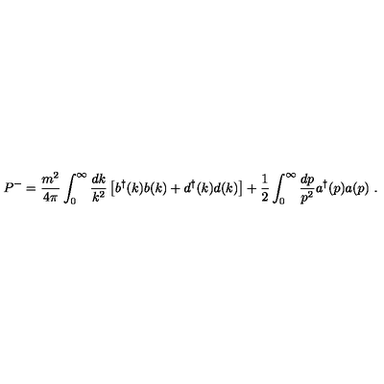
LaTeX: P ^ { - } = { \frac { m ^ { 2 } } { 4 \pi } } \int _ { 0 } ^ { \infty } { \frac { d k } { k ^ { 2 } } } \left[ b ^ { \dag } ( k ) b ( k ) + d ^ { \dag } ( k ) d ( k ) \right] + { \frac { 1 } { 2 } } \int _ { 0 } ^ { \infty } { \frac { d p } { p ^ { 2 } } } a ^ { \dag } ( p ) a ( p ) \ .